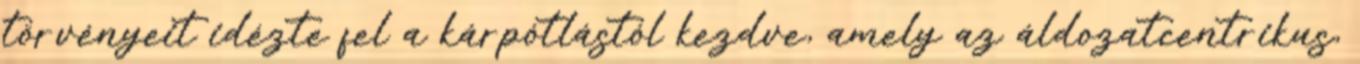
törvényeit idézte fel a kárpótlástól kezdve, amely az áldozatcentrikus,